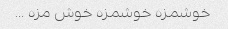
خوشمزه خوشمزه خوش مزه …